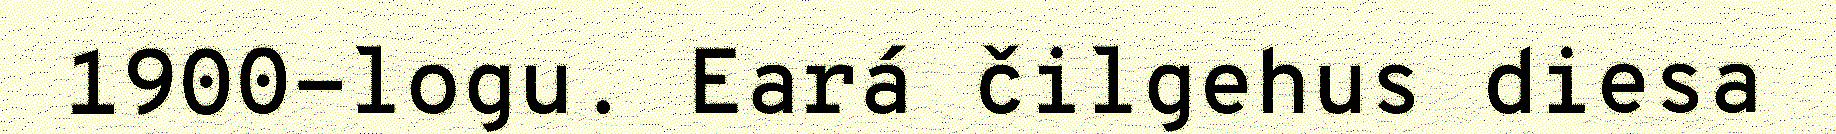
1900-logu. Eará čilgehus diesa